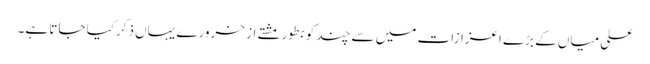
علی میاں کے بڑے اعزازات میں سے چند کو بطور مشتے از خرورے یہاں ذکرکیا جاتا ہے۔